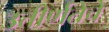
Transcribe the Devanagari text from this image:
उत्तीर्णतेचे